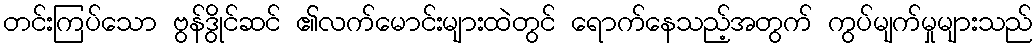
တင်းကြပ်သော ဗွန်ဒွိုင်ဆင် ၏လက်မောင်းများထဲတွင် ရောက်နေသည့်အတွက် ကွပ်မျက်မှုများသည်